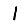
Digit: 1